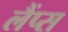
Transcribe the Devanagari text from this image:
लैंप्स